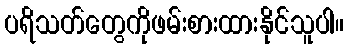
ပရိသတ်တွေကိုဖမ်းစားထားနိုင်သူပါ။